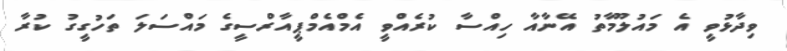
ވިދާޅުވީ އެ މައުލޫމާތު އޭނާއާ ހިއްސާ ކުރެއްވީ އެމްއެމްޕީއާރްސީގެ މައްސަލަ ތަހުގީގު ކުރާ